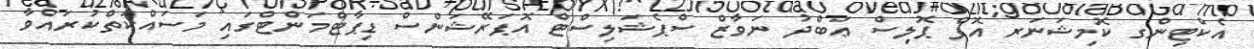
އެކްޓިންގ ކޮމިޝަނަރ އޮފް ޕޮލިސް ޢަބްދު ނަވާޒް ސްޕެޝަލިސްޓް އޮޕަރޭޝަންސް ޑިޕާޓްމަންޓްގައި މަސައްކަތްކުރައްވާ